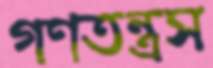
গণতন্ত্রস